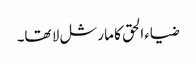
ضیاءالحق کا مارشل لا تھا۔